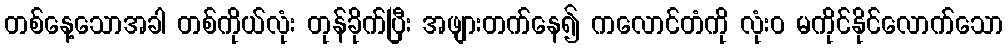
တစ်နေ့သောအခါ တစ်ကိုယ်လုံး တုန်ခိုက်ပြီး အဖျားတက်နေ၍ ကလောင်တံကို လုံးဝ မကိုင်နိုင်လောက်သော